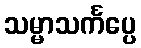
သမ္မာသင်္ကပ္ပေ